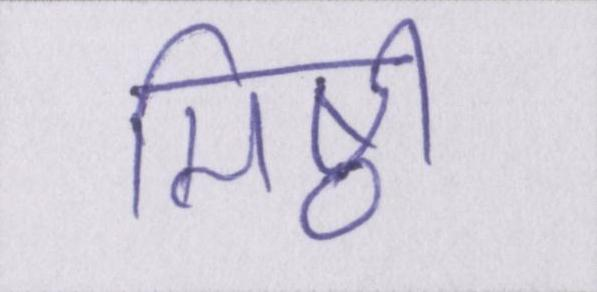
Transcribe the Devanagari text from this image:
मिष्ठी